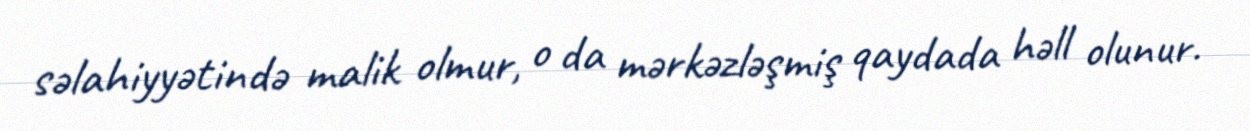
səlahiyyətində malik olmur, o da mərkəzləşmiş qaydada həll olunur.